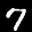
Label: 7